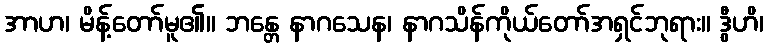
အာဟ၊ မိန့်တော်မူ၏။ ဘန္တေ နာဂသေန၊ နာဂသိန်ကိုယ်တော်အရှင်ဘုရား။ ဒွီဟိ၊